Indian journal of veterinary science and animal husbandry - Volume 6,
Year: 1936
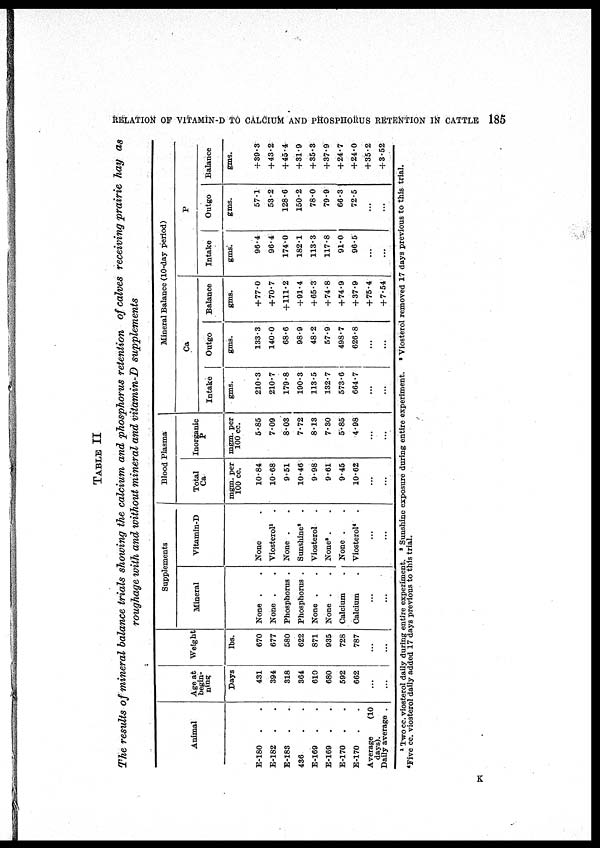
RELATION OF VITAMIN-D TO CALCIUM AND PHOSPHORUS RETENTION IN CATTLE
185
TABLE II
The results of mineral balance trials showing the calcium and phosphorus retention of calves receiving prairie hay as
roughage with and without mineral and vitamin-D
supplements
Animal
E-180 . .
E-182 . .
E-183 . .
436 . .
E-169 . .
E-169 . .
E-170 . .
E-170 . .
Average
(10
days).
Daily average .
Age at
begin-
ning
Days
431
394
318
364
610
680
592
662
...
...
Weight
lbs.
670
677
580
622
871
935
728
787
...
...
Supplements
Mineral
None . .
None . .
Phosphorus .
Phosphorus .
None . .
None . .
Calcium
Calcium
...
...
Vitamin-D
None .
Viosterol 1 .
None . .
Sunshine 2 .
Viosterol .
None 3 . .
None . .
Viosterol 4 .
...
...
Blood Plasma
Total
Ca
mgm. per
100 cc.
10.84
10.68
9.51
10.46
9.98
9.61
9.45
10.62
...
...
Inorganic
P
mgm. per
100 cc.
5.85
7.09
8.03
7.72
8.13
7.30
5.85
4.98
...
...
Intake
gms.
210.3
210.7
179.8
190.3
113.5
132.7
573.6
664.7
...
...
Mineral Balance (10-day period)
Ca
Outgo
gms.
133.3
140.0
68.6
98.9
48.2
57.9
498.7
626.8
...
...
Balance
gms.
+77.0
+70.7
+111.2
+91.4
+ 65.3
+ 74.8
+ 74.9
+ 37.9
+ 75.4
+ 7.54
Intake
gms.
96.4
96.4
174.0
182.1
113.3
117.8
91.0
96.5
...
...
P
Outgo
gms.
57.1
53.2
128.6
150.2
78.0
79.9
66.3
72.5
...
...
Balance
gms.
+39.3
+43.2
+45.4
+31.9
+ 35.3
+37.9
+24.7
+24.0
+ 35.2
+ 3.52
1 Two cc. viosterol daily during entire experiment. 2 Sunshine exposure during entire experiment. 3 Viosterol removed 17 days previous to this trial.
4 five cc. viosterol daily added 17 days previous to this trial.
K